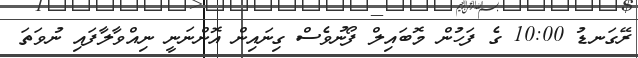
ރޭގަނޑު 10:00 ގެ ފަހުން މޮބައިލް ފޯނުވެސް ގިނައިން އޮންނަނީ ނިއްވާލާފައި ނުވަތަ